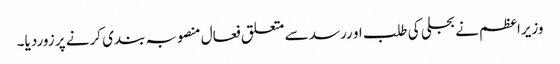
وزیراعظم نے بجلی کی طلب او ررسد سے متعلق فعال منصوبہ بندی کرنے پر زوردیا۔